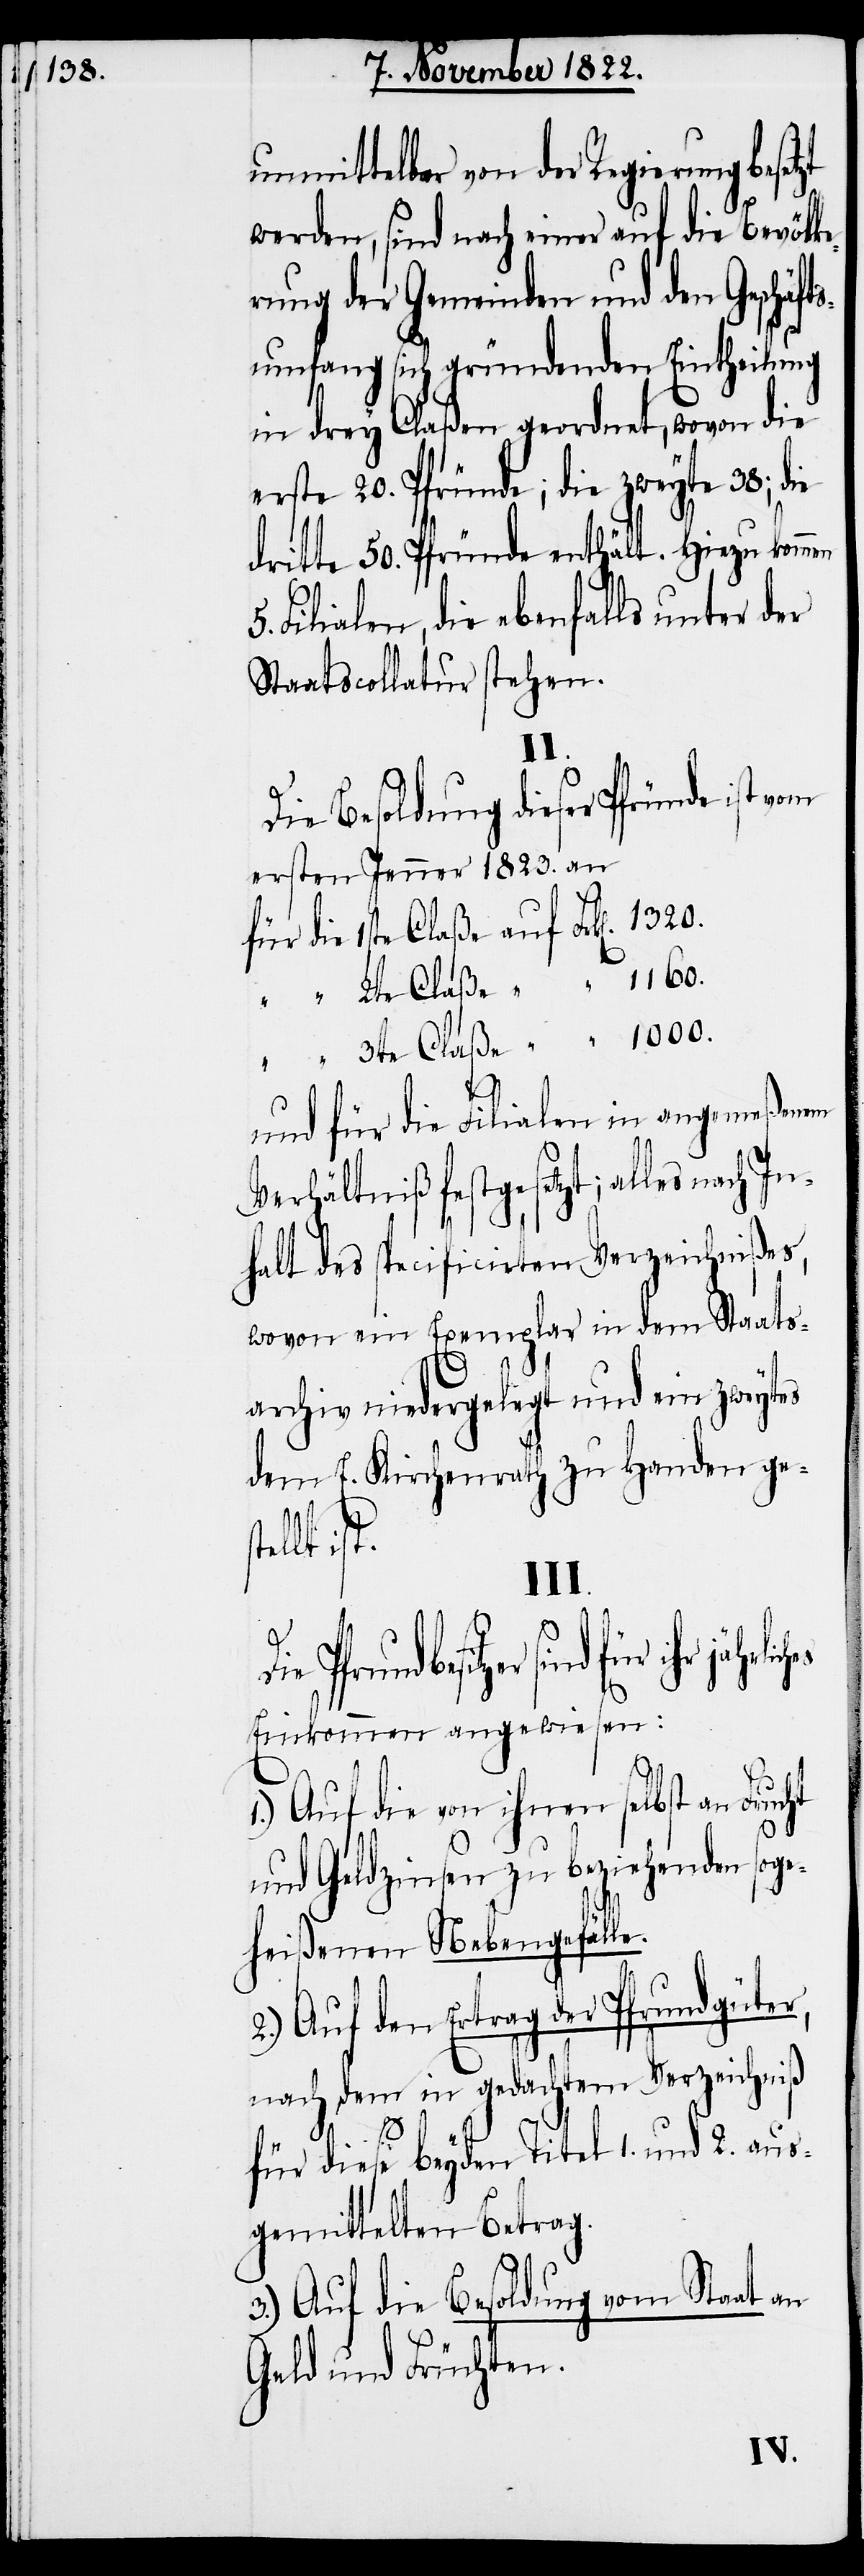
unmittelbar von der Regierung beset¬
werden, sind nach einer auf die Bevölke¬
rung der Gemeinden und den Geschäft¬
sumfang sich gründenden Eintheilung
in drey Claßen geordnet, wovon die
erste 20. Pfründe; die zweyte 38; die
dritte 50. Pfründe enthält. Hiezu komm¬
Filialen, die ebenfalls unter der
Staatscollatur stehen.
n¬
Die Besoldung dieser Pfründe ist
ersten Jenner 1823. an
für die 1ste Claße auf Frk[en].
le.
und für die Filialen in angemeßenem
Verhältniß festgesetzt; alles nach I¬
halt des specificirten Verzeichnißes,
wovon ein Exemplar in dem Staats¬
archiv niedergelegt und ein zweytes
dem E. Kirchenrath zu Handen ges¬
ist.
III.
ihr jährliches
Einkommen angewiesen:
1.) Auf die von ihnen selbst an Fruc¬
und Geldzinsen zu beziehenden soge¬
heißenen Nebengefäl¬
2.) Auf den Ertrag der Pfrundgüter,
nach dem in gedachtem Verzeichniß
für diese beyden Titel 1. und 2. aus¬
gemittelten Betrag.
3.) Auf die Besoldung vom Staat an
Geld und Früchten.